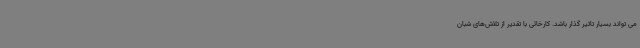
می تواند بسیار تاثیر گذار باشد. کارخائی با تقدیر از تلاش‌های شبان